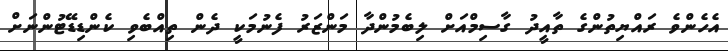
އެހެންވެ ރައްޔިތުންގެ ތާއީދު ގާސިމްއަށް ލިބެމުންދާ މަންޒަރު ފެނުމަކީ ދެން ތިއްބެވި ކެންޑިޑޭޓުންނަށް